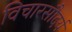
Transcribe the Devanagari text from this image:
विचारसौदर्य